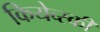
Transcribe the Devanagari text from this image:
कियेव्स्की